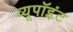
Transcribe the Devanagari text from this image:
व्यूपॉइंट